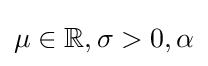
\mu \in \mathbb {R} ,\sigma >0,\alpha